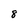
Character: 8